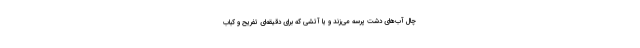
چال آب‌های دشت پرسه می‌زند و یا آتشی که برای دقیقه‌ای تفریح و کباب